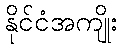
နိုင်ငံအကျိုး